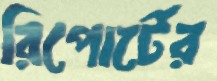
রিপোর্টের